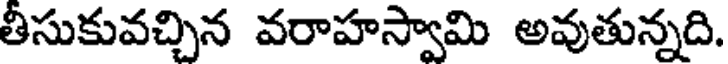
తీసుకువచ్చిన వరాహస్వామి అవుతున్నది.